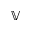
\mathbb { V }